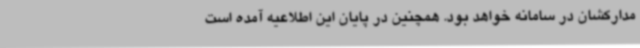
مدارکشان در سامانه خواهد بود. همچنین در پایان این اطلاعیه آمده است